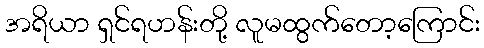
အရိယာ ရှင်ရဟန်းတို့ လူမထွက်တော့ကြောင်း